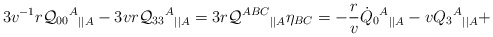
\begin{align*}3v^{-1}r{\cal Q}_{00}{^A}{_{||A}}-3vr {\cal Q}_{33}{^A}{_{||A}} =3r{\cal Q}^{ABC}{_{||A}}\eta_{BC}= -\frac rv \dot{Q}_{0}{^A}{_{||A}} - v Q_{3}{^A}{_{||A}} +\end{align*}